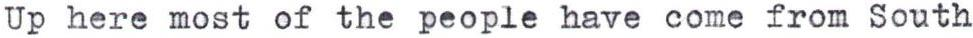
Up here most of the people have come from South